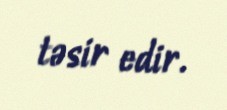
təsir edir.